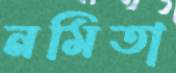
নমিতা